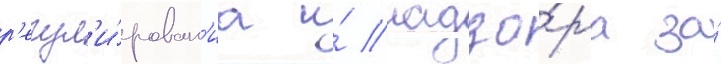
р'егул'и́рован'иа и́ надзо́ра за́